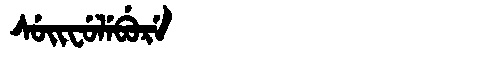
Manchu: ᠰᡠᡳᠸᡠᠯᡝᠪᡠᡵᡝ
Romanization: SUIFULEBURE